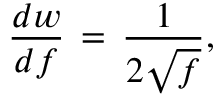
\frac { d w } { d f } \, = \, \frac 1 { 2 \sqrt f } ,